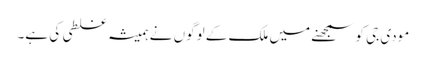
مودی جی کو سمجھنے میں ملک کے لوگوں نے ہمیشہ غلطی کی ہے۔